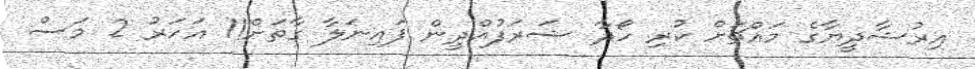
އިރުޝާދީޔާގެ މައްޗަށް ކުރި ހޯދާ ޝަރަފުއްދީން ފައިނަލާ ގާތަށް!1 އަހަރު 2 މަސް